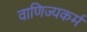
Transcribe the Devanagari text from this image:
वाणिज्यकर्म